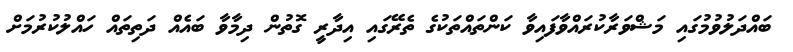
ބައްދަލުވުމުގައި މަޝްވަރާކުރައްވާފައިވާ ކަންތައްތަކުގެ ތެރޭގައި އިދާރީ ގޮތުން ދިމާވާ ބައެއް ދަތިތައް ހައްލުކުރުމަށް